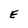
Character: E